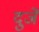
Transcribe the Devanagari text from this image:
दुजें